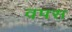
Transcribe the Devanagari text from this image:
वपस